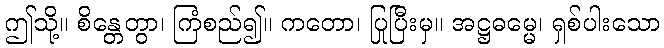
ဤသို့။ စိန္တေတွာ၊ ကြံစည်၍။ ကတော၊ ပြုပြီးမှ။ အဋ္ဌဓမ္မေ၊ ရှစ်ပါးသော